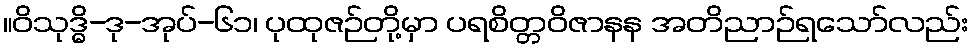
။ဝိသုဒ္ဓိ-ဒု-အုပ်-၆၁၊ ပုထုဇဉ်တို့မှာ ပရစိတ္တဝိဇာနန အတိညာဉ်ရသော်လည်း